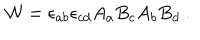
{ \cal W } = \epsilon _ { a b } \epsilon _ { c d } A _ { a } B _ { c } A _ { b } B _ { d } ~ .